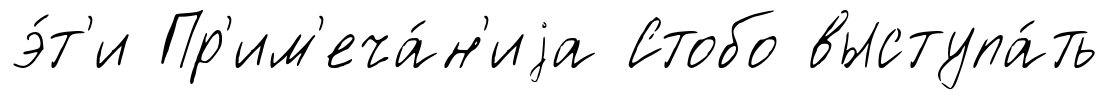
э́т'и Пр'им'еча́н'иjа Стобо выступа́ть